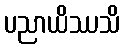
ပညာယိဿသိ